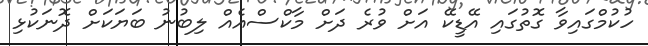
ހުކުމްގައިވާ ގޮތުގައި އޭޑީކޭ އަށް ވުރެ ދަށް މާކްސްއެއް ލިބުނު ބަޔަކަށް ދޮނަކުޅި